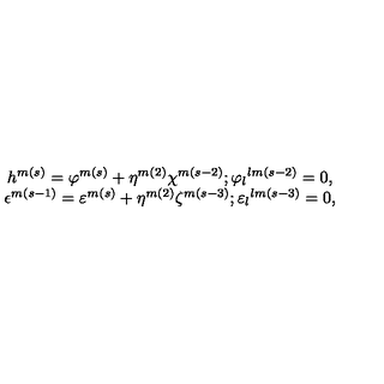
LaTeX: \begin{array} { c } { h ^ { m ( s ) } = \varphi ^ { m ( s ) } + \eta ^ { m ( 2 ) } \chi ^ { m ( s - 2 ) } ; { \varphi _ { l } } ^ { l m ( s - 2 ) } = 0 , } \\ { \epsilon ^ { m ( s - 1 ) } = \varepsilon ^ { m ( s ) } + \eta ^ { m ( 2 ) } \zeta ^ { m ( s - 3 ) } ; { \varepsilon _ { l } } ^ { l m ( s - 3 ) } = 0 , } \\ \end{array}